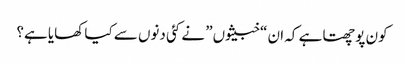
کون پوچھتا ہے کہ ان “خبیثوں” نے کئی دنوں سے کیا کھایا ہے؟